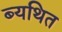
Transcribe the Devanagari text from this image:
ब्यथित